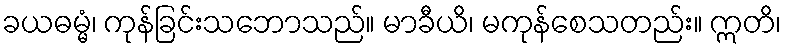
ခယဓမ္မံ၊ ကုန်ခြင်းသဘောသည်။ မာခီယိ၊ မကုန်စေသတည်း။ ဣတိ၊